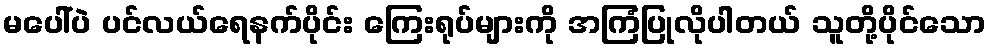
မပေါ်ပဲ ပင်လယ်ရေနက်ပိုင်း ကြေးရုပ်များကို အကြံပြုလိုပါတယ် သူတို့ပိုင်သော